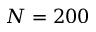
N = 2 0 0